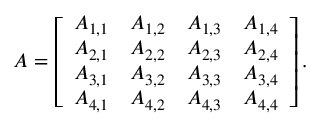
A = \left[ \begin{array} { l l l l } { A _ { 1 , 1 } } & { A _ { 1 , 2 } } & { A _ { 1 , 3 } } & { A _ { 1 , 4 } } \\ { A _ { 2 , 1 } } & { A _ { 2 , 2 } } & { A _ { 2 , 3 } } & { A _ { 2 , 4 } } \\ { A _ { 3 , 1 } } & { A _ { 3 , 2 } } & { A _ { 3 , 3 } } & { A _ { 3 , 4 } } \\ { A _ { 4 , 1 } } & { A _ { 4 , 2 } } & { A _ { 4 , 3 } } & { A _ { 4 , 4 } } \end{array} \right] .